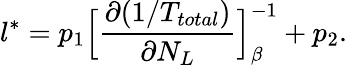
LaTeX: l^{*}=p_{1}\Bigl[\frac{\partial(1/T_{total})}{\partial N_{L}}\Bigr]_{\beta}^{-1}+p_{2}.